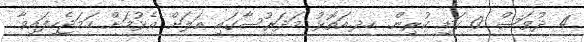
4 ދުވަސް 0 ގަޑި ކުރިން. ހދ.އަތޮޅު މަދަރުސާގައި އަލަށް އެޅުމަށް ހަމަޖެހިފައިވާ